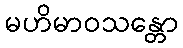
မဟိမာဝသန္တော